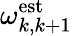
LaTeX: \omega_{k,k+1}^{\mathrm{est}}